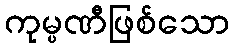
ကုမ္ပဏီဖြစ်သော